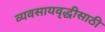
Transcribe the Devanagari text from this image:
व्यवसायवृद्धीसाठी